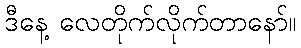
ဒီနေ့ လေတိုက်လိုက်တာနော်။